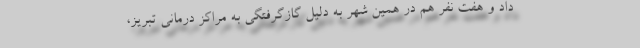
داد و هفت نفر هم در همین شهر به دلیل گازگرفتگی به مراکز درمانی تبریز،